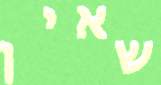
שאין